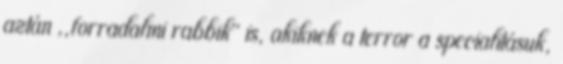
aztán ,,forradalmi rabbik" is, akiknek a terror a specialitásuk,